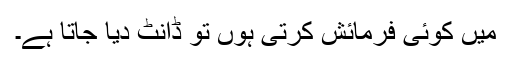
میں کوئی فرمائش کرتی ہوں تو ڈانٹ دیا جاتا ہے۔